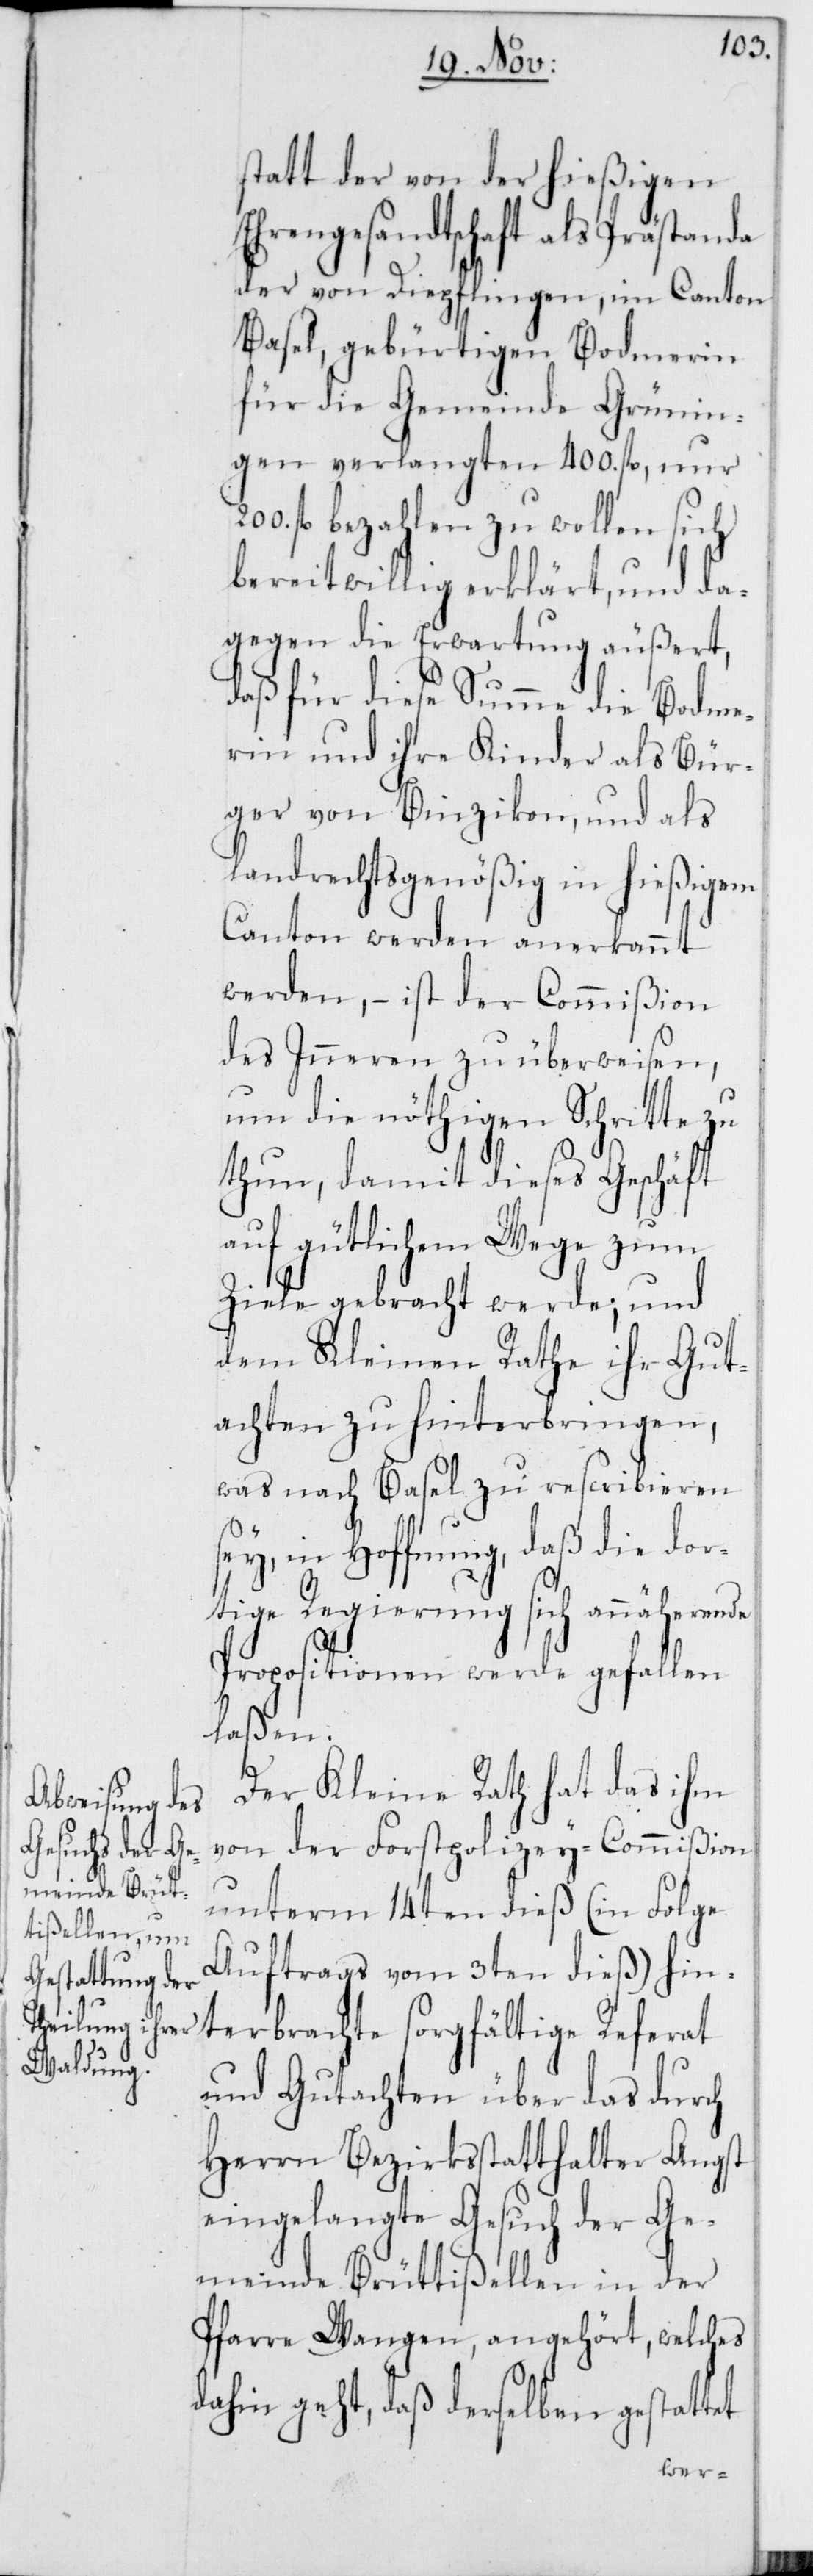
statt der von der hießigen
Ehrengesandtschaft als Prästanda
der von Diepflingen, im Canton
Basel, gebürtigen Bodmerin
für die Gemeinde Grünin¬
gen verlangten 400. fl., nur
fl. bezahlen zu wollen sich
bereitwillig erklärt, und da¬
gegen die Erwartung äußert,
daß für diese Summe die Bodme¬
rin und ihre Kinder als Bür¬
ger von Binzikon, und als
landrechtsgenößig in hießigem
Canton werden anerkannt
werden, – ist der Commißion
des Inneren zu überweisen,
um die nöthigen Schritte zu
thun, damit dieses Geschäft
auf gütlichem Wege zum
Ziele gebracht werde; und
dem Kleinen Rathe ihr Gut¬
achten zu hinterbringen,
was nach Basel zu rescribieren
sey, in Hoffnung, daß die dor¬
tige Regierung sich annäherende
Propositionen werde gefallen
laßen.
Der Kleine Rath hat das ihm
von der Forstpolizey-Commißion
unterm 14ten dieß (in Folge
Auftrags vom 3ten dieß) hin¬
terbrachte sorgfältige Referat
und Gutachten über das durch
Herrn Bezirksstatthalter Angst
eingelangte Gesuch der Ge¬
meinde Brüttißellen in der
Pfarre Wangen, angehört, welches
dahin geht, daß derselben gestattet